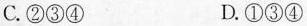
C.②③④ D.①③④